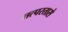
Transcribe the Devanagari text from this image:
तत्परतासे